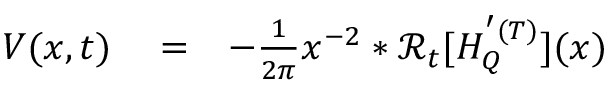
\begin{array} { r l r } { V ( x , t ) } & { { } = } & { - \frac { 1 } { 2 \pi } x ^ { - 2 } * \mathcal { R } _ { t } [ H _ { Q } ^ { ' ( T ) } ] ( x ) } \end{array}